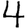
Digit: 4